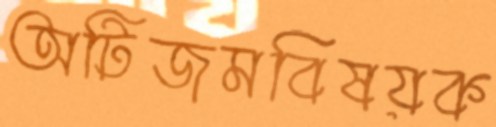
অটিজমবিষয়ক